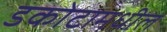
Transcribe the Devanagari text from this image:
डकोटामधील